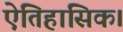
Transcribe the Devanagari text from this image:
ऐतिहासिक।